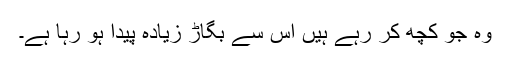
وہ جو کچھ کر رہے ہیں اُس سے بگاڑ زیادہ پیدا ہو رہا ہے۔